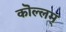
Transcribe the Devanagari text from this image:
कॊल्लम्